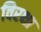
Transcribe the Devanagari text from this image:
विरक्षा